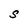
Character: S